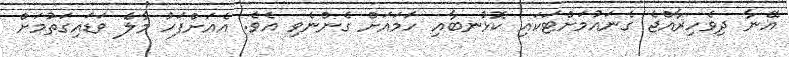
އޭނާ ދިވެހިރާއްޖެ ގެނައުމަށްޓަކައި ކޮޅުނބާއި ހަމައަށް ގެންނެވި އެވެ. އެއަށްފަހު މާލެ ވަޑައިގަތުމަށް